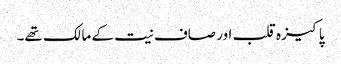
پاکیزہ قلب اور صاف نیت کے مالک تھے۔